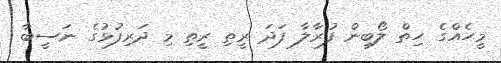
މީހެއްގެ ހިތް ލޯބިން ފުރާލާ ފަދަ ރީތި ރީތި މި ދަރިފުޅުގެ ނަސީބާ